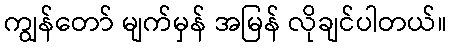
ကျွန်တော် မျက်မှန် အမြန် လိုချင်ပါတယ်။